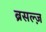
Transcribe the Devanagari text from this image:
ब्रसल्ज़